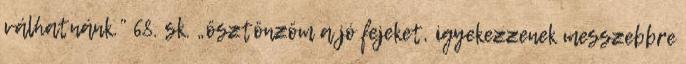
válhatnánk.” 68. sk. „ösztönzöm a jó fejeket, igyekezzenek messzebbre